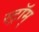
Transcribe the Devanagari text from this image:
स्ट्रॉम्‌